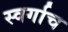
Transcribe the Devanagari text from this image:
स्वर्गाच